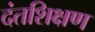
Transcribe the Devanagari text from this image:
दंतशिक्षण